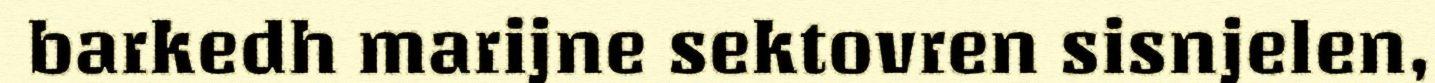
barkedh marijne sektovren sisnjelen,